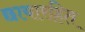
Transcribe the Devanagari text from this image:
छायारहित